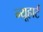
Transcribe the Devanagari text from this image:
न्यूहार्ट